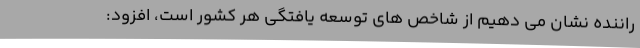
راننده نشان می دهیم از شاخص های توسعه یافتگی هر کشور است، افزود: